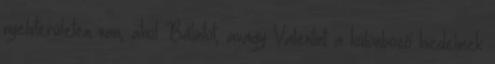
nyelvterületen van, ahol Bálintot, avagy Valentint a különböző hiedelmek